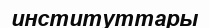
институттары